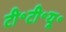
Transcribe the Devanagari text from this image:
टी॰टी॰यू॰